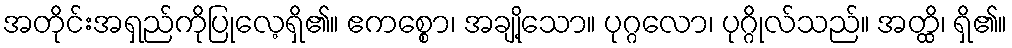
အတိုင်းအရှည်ကိုပြုလေ့ရှိ၏။ ဧကစ္စော၊ အချို့သော။ ပုဂ္ဂလော၊ ပုဂ္ဂိုလ်သည်။ အတ္ထိ၊ ရှိ၏။